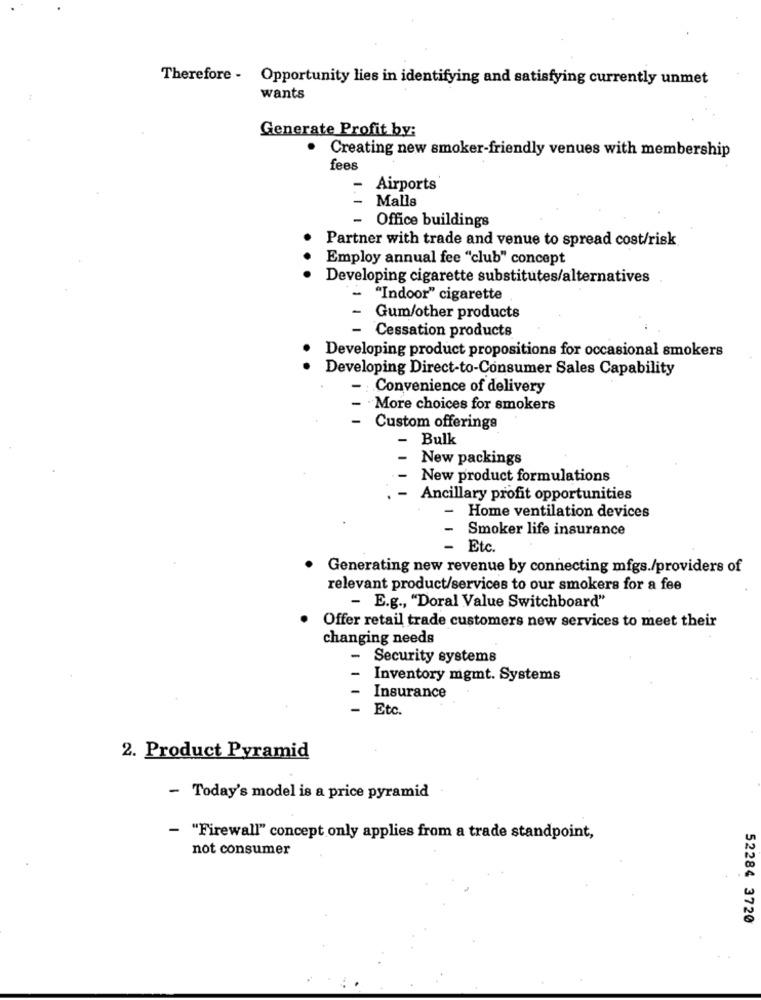
Therefore - Opportunity lies in identifying and satisfying currently unmet
wants
Generate Profit by:
Creating new smoker-friendly venues with membership
fees
- Airports
- Malls
- Office buildings
Partner with trade and venue to spread cost/risk
Employ annual fee "club" concept
Developing cigarette substitutes/alternatives
- "Indoor" cigarette
- Gum/other products
Cessation products
Developing product propositions for occasional smokers
Developing Direct-to-Consumer Sales Capability
-:
Convenience of delivery
More choices for smokers
- Custom offerings
Bulk
New packings
New product formulations
Ancillary profit opportunities
- Home ventilation devices
Smoker life insurance
Etc.
Generating new revenue by connecting mfgs./providers of
relevant product/services to our smokers for a fee
- E.g ., "Doral Value Switchboard"
Offer retail trade customers new services to meet their
changing needs
- Security systems
Inventory mgmt. Systems
-
Insurance
- Etc.
2. Product Pyramid
- Today's model is a price pyramid
- "Firewall" concept only applies from a trade standpoint,
not consumer
52284 3720